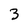
Character: 3